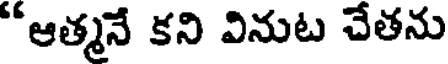
"ఆత్మనే కని వినుట చేతను